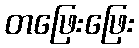
တဖြေးဖြေး